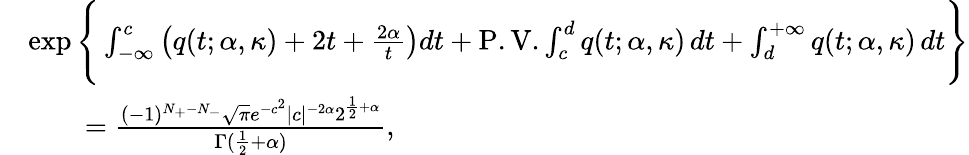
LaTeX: \begin{array}{rl}&{\exp\Bigg\{ \int_{-\infty}^{c}\left(q(t;\alpha,\kappa)+2t+\frac{2\alpha}{t}\right)dt+\mathrm{P.V.}\int_{c}^{d}q(t;\alpha,\kappa)\, dt+\int_{d}^{+\infty}q(t;\alpha,\kappa)\, dt\Bigg\} }\\ &{\qquad=\frac{(-1)^{N_{+}-N_{-}}\sqrt{\pi}e^{-c^{2}}|c|^{-2\alpha}2^{\frac{1}{2}+\alpha}}{\Gamma(\frac{1}{2}+\alpha)},}\end{array}